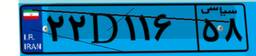
۶۱D۵۹۱۰۰